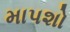
માપશો